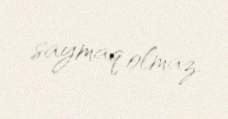
saymaq olmaz.